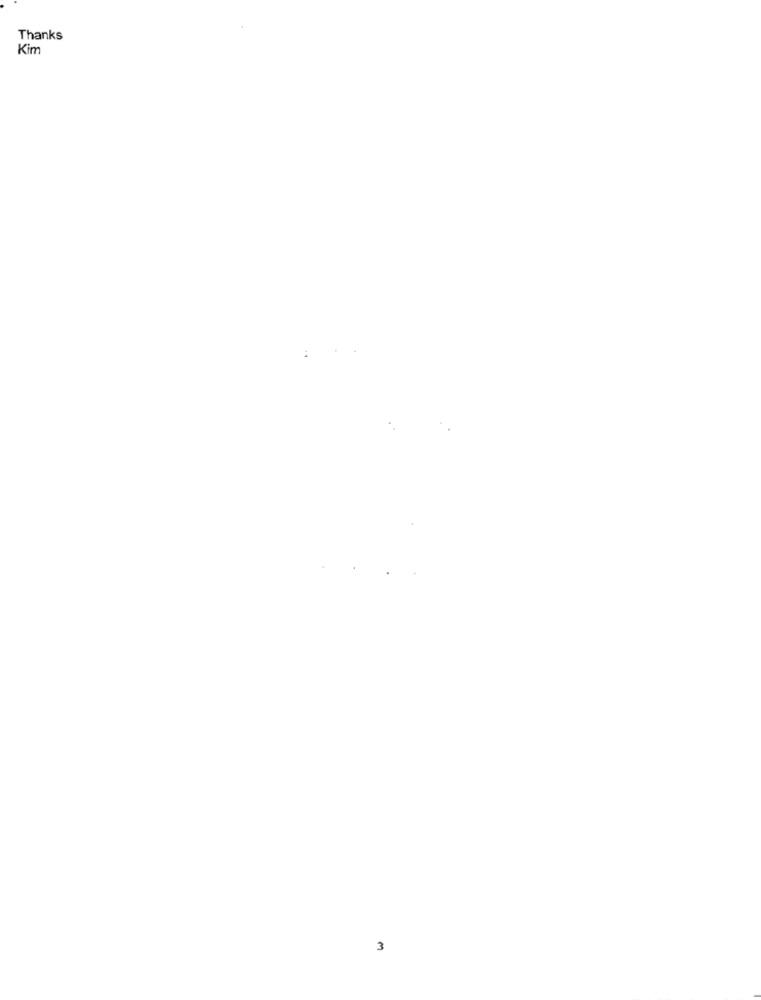
Thanks
Kim
3